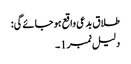
طلاق بدعی واقع ہو جائےگی:
دلیل نمبر1۔